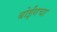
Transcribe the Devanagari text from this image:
बोईंगचा